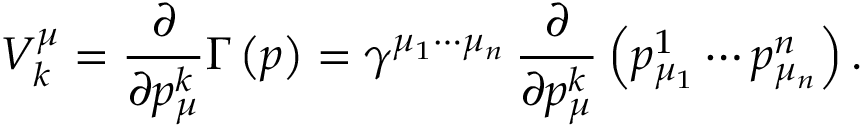
V _ { k } ^ { \mu } = \frac \partial { \partial p _ { \mu } ^ { k } } \Gamma \left( p \right) = \gamma ^ { \mu _ { 1 } \cdots \mu _ { n } } \, \frac \partial { \partial p _ { \mu } ^ { k } } \left( p _ { \mu _ { 1 } } ^ { 1 } \cdots p _ { \mu _ { n } } ^ { n } \right) .